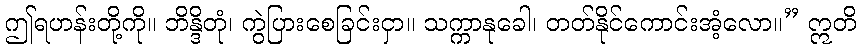
ဤရဟန်းတို့ကို။ ဘိန္ဒိတုံ၊ ကွဲပြားစေခြင်းငှာ။ သက္ကာနုခေါ၊ တတ်နိုင်ကောင်းအံ့လော။” ဣတိ